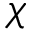
\chi